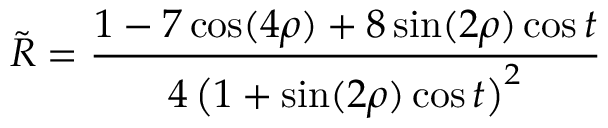
\tilde { R } = \frac { 1 - 7 \cos ( 4 \rho ) + 8 \sin ( 2 \rho ) \cos t } { 4 \left( 1 + \sin ( 2 \rho ) \cos t \right) ^ { 2 } }